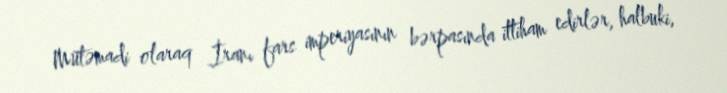
Mütəmadi olaraq İranı fars imperiyasının bərpasında ittiham edirlər, halbuki,